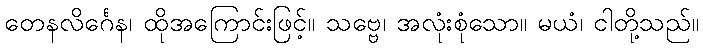
တေနလိင်္ဂေန၊ ထိုအကြောင်းဖြင့်။ သဗ္ဗေ၊ အလုံးစုံသော။ မယံ၊ ငါတို့သည်။